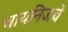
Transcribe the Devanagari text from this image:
चायनिजचे